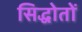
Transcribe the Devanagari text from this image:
सिद्धोतों